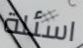
اسئلة